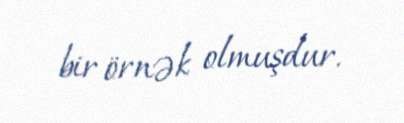
bir örnək olmuşdur.